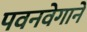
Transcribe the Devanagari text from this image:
पवनवेगाने